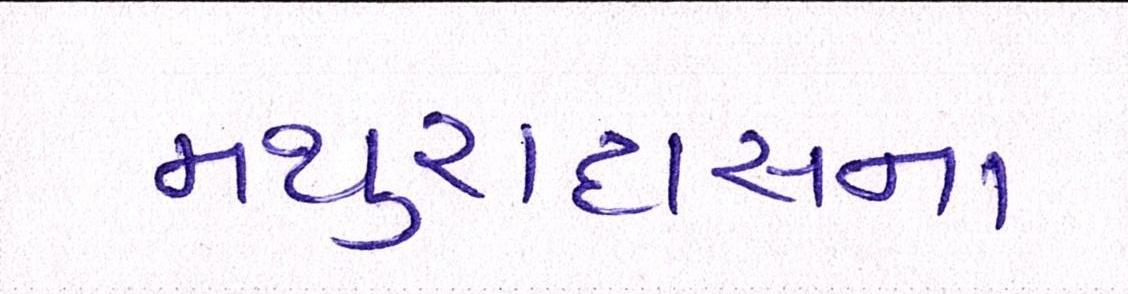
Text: મથુરાદાસના